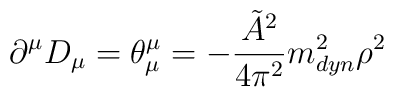
\partial^{\mu} D_{\mu} = \theta^{\mu}_{\mu} =  - \frac{\tilde{A}^2}{4 \pi^2} m_{dyn}^2 \rho^2